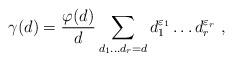
LaTeX: \begin{align*}\gamma(d) =\frac{\varphi(d)}{d} \sum_{d_1\ldots d_r=d} d_1^{\varepsilon_1}\ldots d_r^{\varepsilon_r}\ , \end{align*}